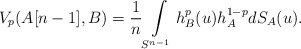
\begin{align*}V_p(A[n-1],B)=\frac{1}{n} \int\limits_{S^{n-1}} h^p_B(u)h_A^{1-p} dS_A(u).\end{align*}